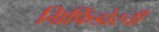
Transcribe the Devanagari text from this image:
ग्रिफिंडोरची